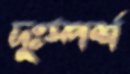
দুঃস্পর্শ